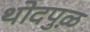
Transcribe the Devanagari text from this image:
थोदपुऴ